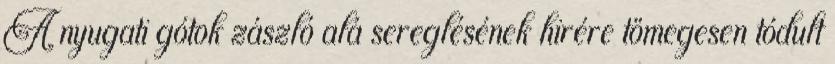
A nyugati gótok zászló alá sereglésének hirére tömegesen tódult